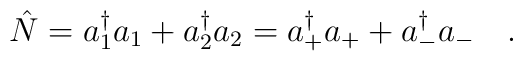
\hat{N}=a_1^\dagger a_1+a_2^\dagger a_2=a_+^\dagger a_++a_-^\dagger a_-\ \ \ .